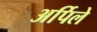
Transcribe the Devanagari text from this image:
अर्पिले